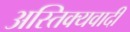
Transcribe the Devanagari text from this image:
अस्तिक्यवादी